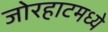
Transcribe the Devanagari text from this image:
जोरहाटमध्ये